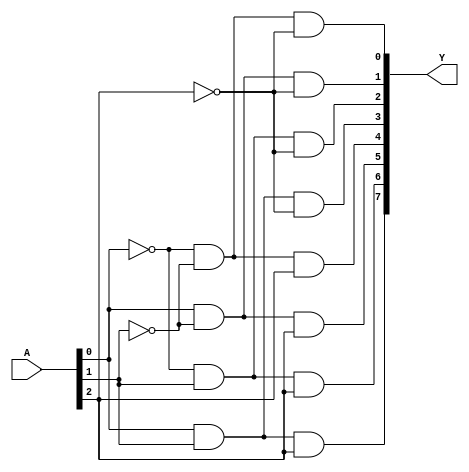
module decoder_3x8(input [2:0]A, output [7:0]Y);
    assign Y[0] = (~A[0])&(~A[1])&(~A[2]);
    assign Y[1] = (A[0])&(~A[1])&(~A[2]);
    assign Y[2] = (~A[0])&(A[1])&(~A[2]);
    assign Y[3] = (A[0])&(A[1])&(~A[2]);
    assign Y[4] = (~A[0])&(~A[1])&(A[2]);
    assign Y[5] = (A[0])&(~A[1])&(A[2]);
    assign Y[6] = (~A[0])&(A[1])&(A[2]);
    assign Y[7] = (A[0])&(A[1])&(A[2]);
endmodule